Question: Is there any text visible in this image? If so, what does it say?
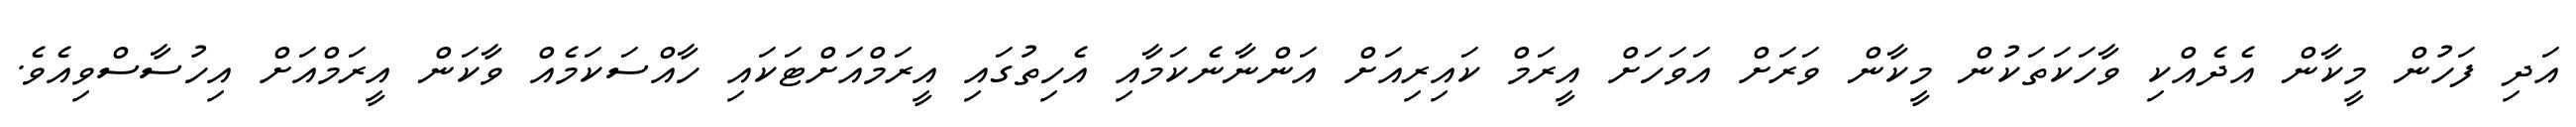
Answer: އަދި ފަހުން މީކާން އެދެއްކި ވާހަކަތަކުން މީކާން ވަރަށް އަވަހަށް އީރަމް ކައިރިއަށް އަންނާނެކަމާއި އެހިތުގައި އީރަމްއަށްޓަކައި ހާއްސަކަމެއް ވާކަން އީރަމްއަށް އިހުސާސްވިއެވެ.